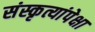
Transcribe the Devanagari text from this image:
संस्कृत्यांपेक्षा